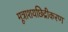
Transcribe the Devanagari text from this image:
मूत्राशयछिद्रीकरण